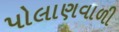
પોલાણવાળી